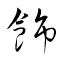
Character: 飾